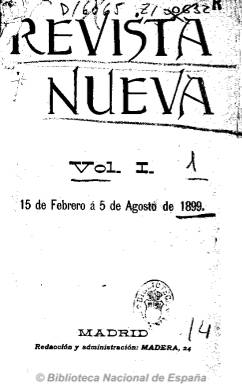
Título: Revista nueva (Madrid)
Colección: Literatura
Ámbito geográfico: Madrid
Lugar de publicación: Madrid
Fechas: 15/02/1899-31/08/1899

Ha llegado a estar considerada como la más representativa y arquetípica revista de la generación del 98, en cuyas páginas se presentan las más diferentes y opuestas posiciones intelectuales y de pensamiento entre sus miembros, y en la que se pueden rastrear también los orígenes del modernismo en España, tal como señala César Antonio Molina, ya que será la suma de noventayochistas y modernistas. Fundada y dirigida por el periodista y escritor Luis Ruiz Contreras (1863-1953), comienza a publicarse el 15 de febrero de 1899 en cuadernos decenales, en un formato pequeño, carente de ilustraciones y sin la más mínima ornamentación ni alarde tipográfico, en donde se darán cita cerca de un centenar de firmas, entre autores españoles y extranjeros y sus correspondientes seudónimos, como ya cuantificó Domingo Paniagua.

Sus contenidos son ensayos y artículos varios de filosofía, política, educación, lengua, asuntos sociales, etc. en los que se insertan planteamientos estéticos y preocupaciones de tipo ideológico, teniendo amplio espacio en sus páginas la crítica literaria, con secciones de comentarios sobre libros nuevos y revistas españolas y extranjeras, además de alguna crítica artística, especialmente la musical. Da cobijo a numerosos textos de creación literaria, con narraciones, cuentos, siendo abundante la narrativa teatral, así como las composiciones poéticas.

Considerada como una revista que quiere ser “novedosa y moderna”, prioritariamente redactada por jóvenes que buscan su afianzamiento y dirigida a una “juventud intelectual”, tal como recuerda en su estudio María Pilar Celma Valero, en sus páginas sólo aparecerán escasos fragmentos de textos de autores consagrados, como Benito Pérez Galdós o José María Pereda.

En sus entregas escriben representantes del modernismo, como Rubén Darío, Ramón María del Valle Inclán, Gregorio Martínez Sierra, Salvador Rueda, Francisco Villaespesa o Jacinto Benavente. Destacados son los textos de los principales forjadores del 98: Miguel de Unamuno, Pío Baroja (que utiliza también el seudónimo S. Paradoxa y J. Nessi), Ramiro de Maeztu y José Martínez Ruiz (el futuro Azorín). Entre sus redactores se encuentran Ricardo Fuente, José Lasalle, Gonzalo de Reparaz y José María Matheu, y otros periodistas, como Julio Burrel, Luis Morote, Luis López Ballesteros, Enrique Gómez Carrillo, Luis Bonafoux, Antonio Palomero o Emilio Bobadilla, que utiliza el seudónimo Fray Candil.

El propio director, Ruiz Contreras, utiliza también en sus críticas literarias el seudónimo Armando Guerra, así como Palmerín de Oliva y Pseudónimo. Otras firmas son las de Bernardo G. de Candamo, Leopoldo Díaz, José Francos Rodríguez, Enrique Alonso y Orera, Vicente Colorado, Andrés Ovejero, E.H. Pacheco, J. Zahonero y Juan Bautista Amorós, con el seudónimo Silverio Lanza. Además de Rubén Darío, escriben los americanos Amado Nervo, Leopoldo Lugones y Leopoldo Díaz. Entre los autores extranjeros, aparece la traducción de Luciano Ruiz Martín de El pato silvestre, de Henrik Ibsen.

La aventura de esta revista, que tuvieron que sostener económicamente los propios escritores que participaron en ella, sólo durará diez meses. La colección, que se abre paradójicamente con un “Epílogo”, está formada por dos volúmenes, con paginación consecutiva. El primero lo integran los primeros dieciocho números, desde el 15 de febrero hasta el ocho de agosto de 1899. El segundo está formado por dos series. La primera, comprende los números 19-23, y, la segunda, los números 24-30, correspondiendo el último al cinco de diciembre de ese año.

Luis Sánchez Granjel publicó en 1962 una biografía de la revista, con índices de materias y varios índices auxiliares. En 1979, José-Carlos Mainer publica también una reproducción de los primeros 25 números de la revista, con una introducción de G. Ribbans, y un índice de autores, de Raquel Asún.